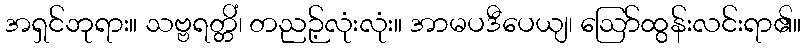
အရှင်ဘုရား။ သဗ္ဗရတ္တိံ၊ တညဉ့်လုံးလုံး။ အာမပဒီပေယျ၊ ဩော်ထွန်းလင်းရာ၏။